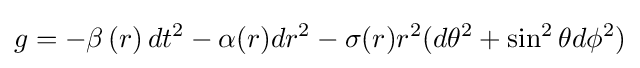
g=-\beta \left(r\right)dt^{2}-\alpha (r)dr^{2}-\sigma (r)r^{2}(d\theta ^{2}+\sin ^{2}\theta d\phi ^{2})